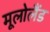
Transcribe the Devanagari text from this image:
मूलोलैंड